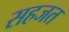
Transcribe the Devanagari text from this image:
सहजत